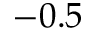
- 0 . 5